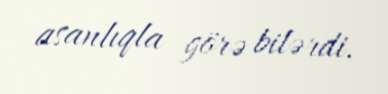
asanlıqla görə bilərdi.